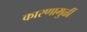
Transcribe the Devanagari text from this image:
कारणामुळीं